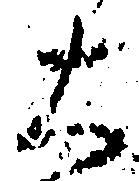
大